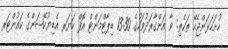
ހުށަހަޅަންޖެހޭ ތަކެތި: ވާ އަންގާރަދުވަހުގެ 13:30 ޑިޕާޓްމަންޓް އޮފް ހަޔަރ އެޑިޔުކޭޝަންގެ ކައުންޓަރ